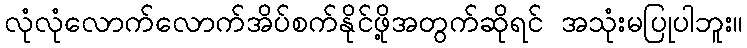
လုံလုံလောက်လောက်အိပ်စက်နိုင်ဖို့အတွက်ဆိုရင် အသုံးမပြုပါဘူး။